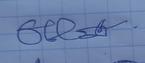
Signature authenticity: genuine